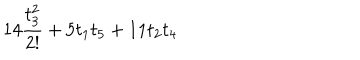
1 4 \frac { t _ { 3 } ^ { 2 } } { 2 ! } + 5 t _ { 1 } t _ { 5 } + 1 1 t _ { 2 } t _ { 4 }